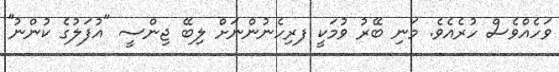
ވަހެއްވެސް ހުރެއެވެ. މަނި ބޭރު ވުމަކީ ފރިހެނުންނަށް ލިބޭ ޖިންސީ "އުފަލުގެ ކުންނު''